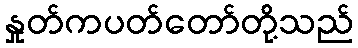
နှုတ်ကပတ်တော်တို့သည်